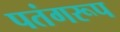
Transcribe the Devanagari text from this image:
पतंगरूप